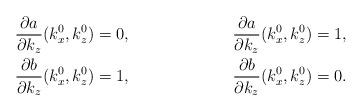
LaTeX: \begin{align*}\frac{\partial a}{\partial k_z}(k^0_x, k^0_z) &= 0, &\frac{\partial a}{\partial k_z}(k^0_x, k^0_z) &= 1, \\\frac{\partial b}{\partial k_z}(k^0_x, k^0_z) &= 1, &\frac{\partial b}{\partial k_z}(k^0_x, k^0_z) &= 0.\end{align*}